Leaving Certificate Examination, 1911
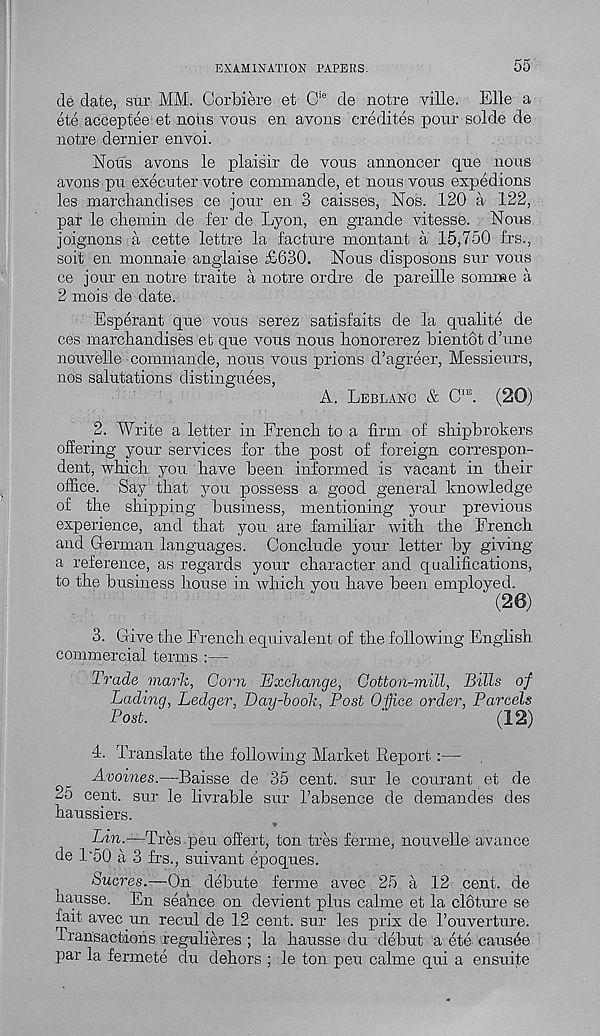
EXAMINATION PAPERS.
55
de date, sur MM. Corbiere et C ie de notre ville. Elle a
ete acceptee et nous yous en avons credites pour solde de
notre dernier envoi.
Nods avons le plaisir de vous annoncer que nous
avons pu executer votre commande, et nous vous expedions
les marcbandises ce jour en 3 caisses, Nos. 120 a 122,
par le clremin de fer de Lyon, en grande vitesse. Nous
joignons a cette lettre la facture montant a 15,750 frs.,
soit en monnaie anglaise £630. Nous disposons sur vous
ce jour en notre traite a notre ordre de pareille soinme a
2 mois de date.
Esperant que vous serez satisfaits de la qualite de
ces marcbandises et que vous nous bonorerez bientot d’une
nouvelle ; commande, nous vous prions d’agreer, Messieurs,
nos salutations distinguees,
A. Leblanc & C IE . (20)
2. Write a letter in French to a firm of shipbrokers
offering your services for tbe post of foreign correspon-
dent, which you have been informed is vacant in their
office. Say that you possess a good general knowledge
of the shipping business, mentioning your previous
experience, and that you are familiar with the French
and German languages. Conclude your letter by giving
a reference, as regards your character and qualifications,
to the business house in which you have been employed.
(20)
3. Give the French equivalent of the following English,
commercial terms :—
Trade mark, Corn Exchange, Cotton-mill, Bills of
Lading, Ledger, Eay-book, Post Office order, Parcels
Post.
"
(12)
4. Translate the following Market Report :—
Avoines.—Baisse de 35 cent, sur le courant et de
25 cent, sur le livrable sur I’absence de demandes des
haussiers.
Lin.—Tres peu offert, ton tres ferine, nouvelle avance
de 1’50 a 3 frs., suivant epoques.
Sucres.—On debute ferine avec 25 a 12 cent, de
hausse. En seance on devient plus calme et la cloture se
fait avec un recul de 12 cent, sur les prix de Touverture.
Transactions regulieres ; la hausse du debut a ete causae
par la fermete du dehors ; le ton peu calme qui a ensuite